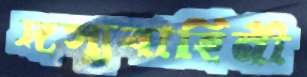
দস্যুবাহিনী